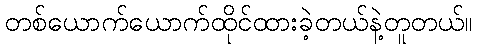
တစ်ယောက်ယောက်ထိုင်ထားခဲ့တယ်နဲ့တူတယ်။